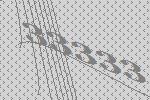
33333